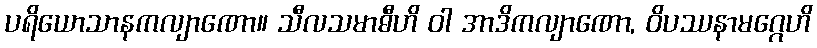
ပရိယောသာနကလျာဏော။ သီလသမာဓီဟိ ဝါ အာဒိကလျာဏော, ဝိပဿနာမဂ္ဂေဟိ